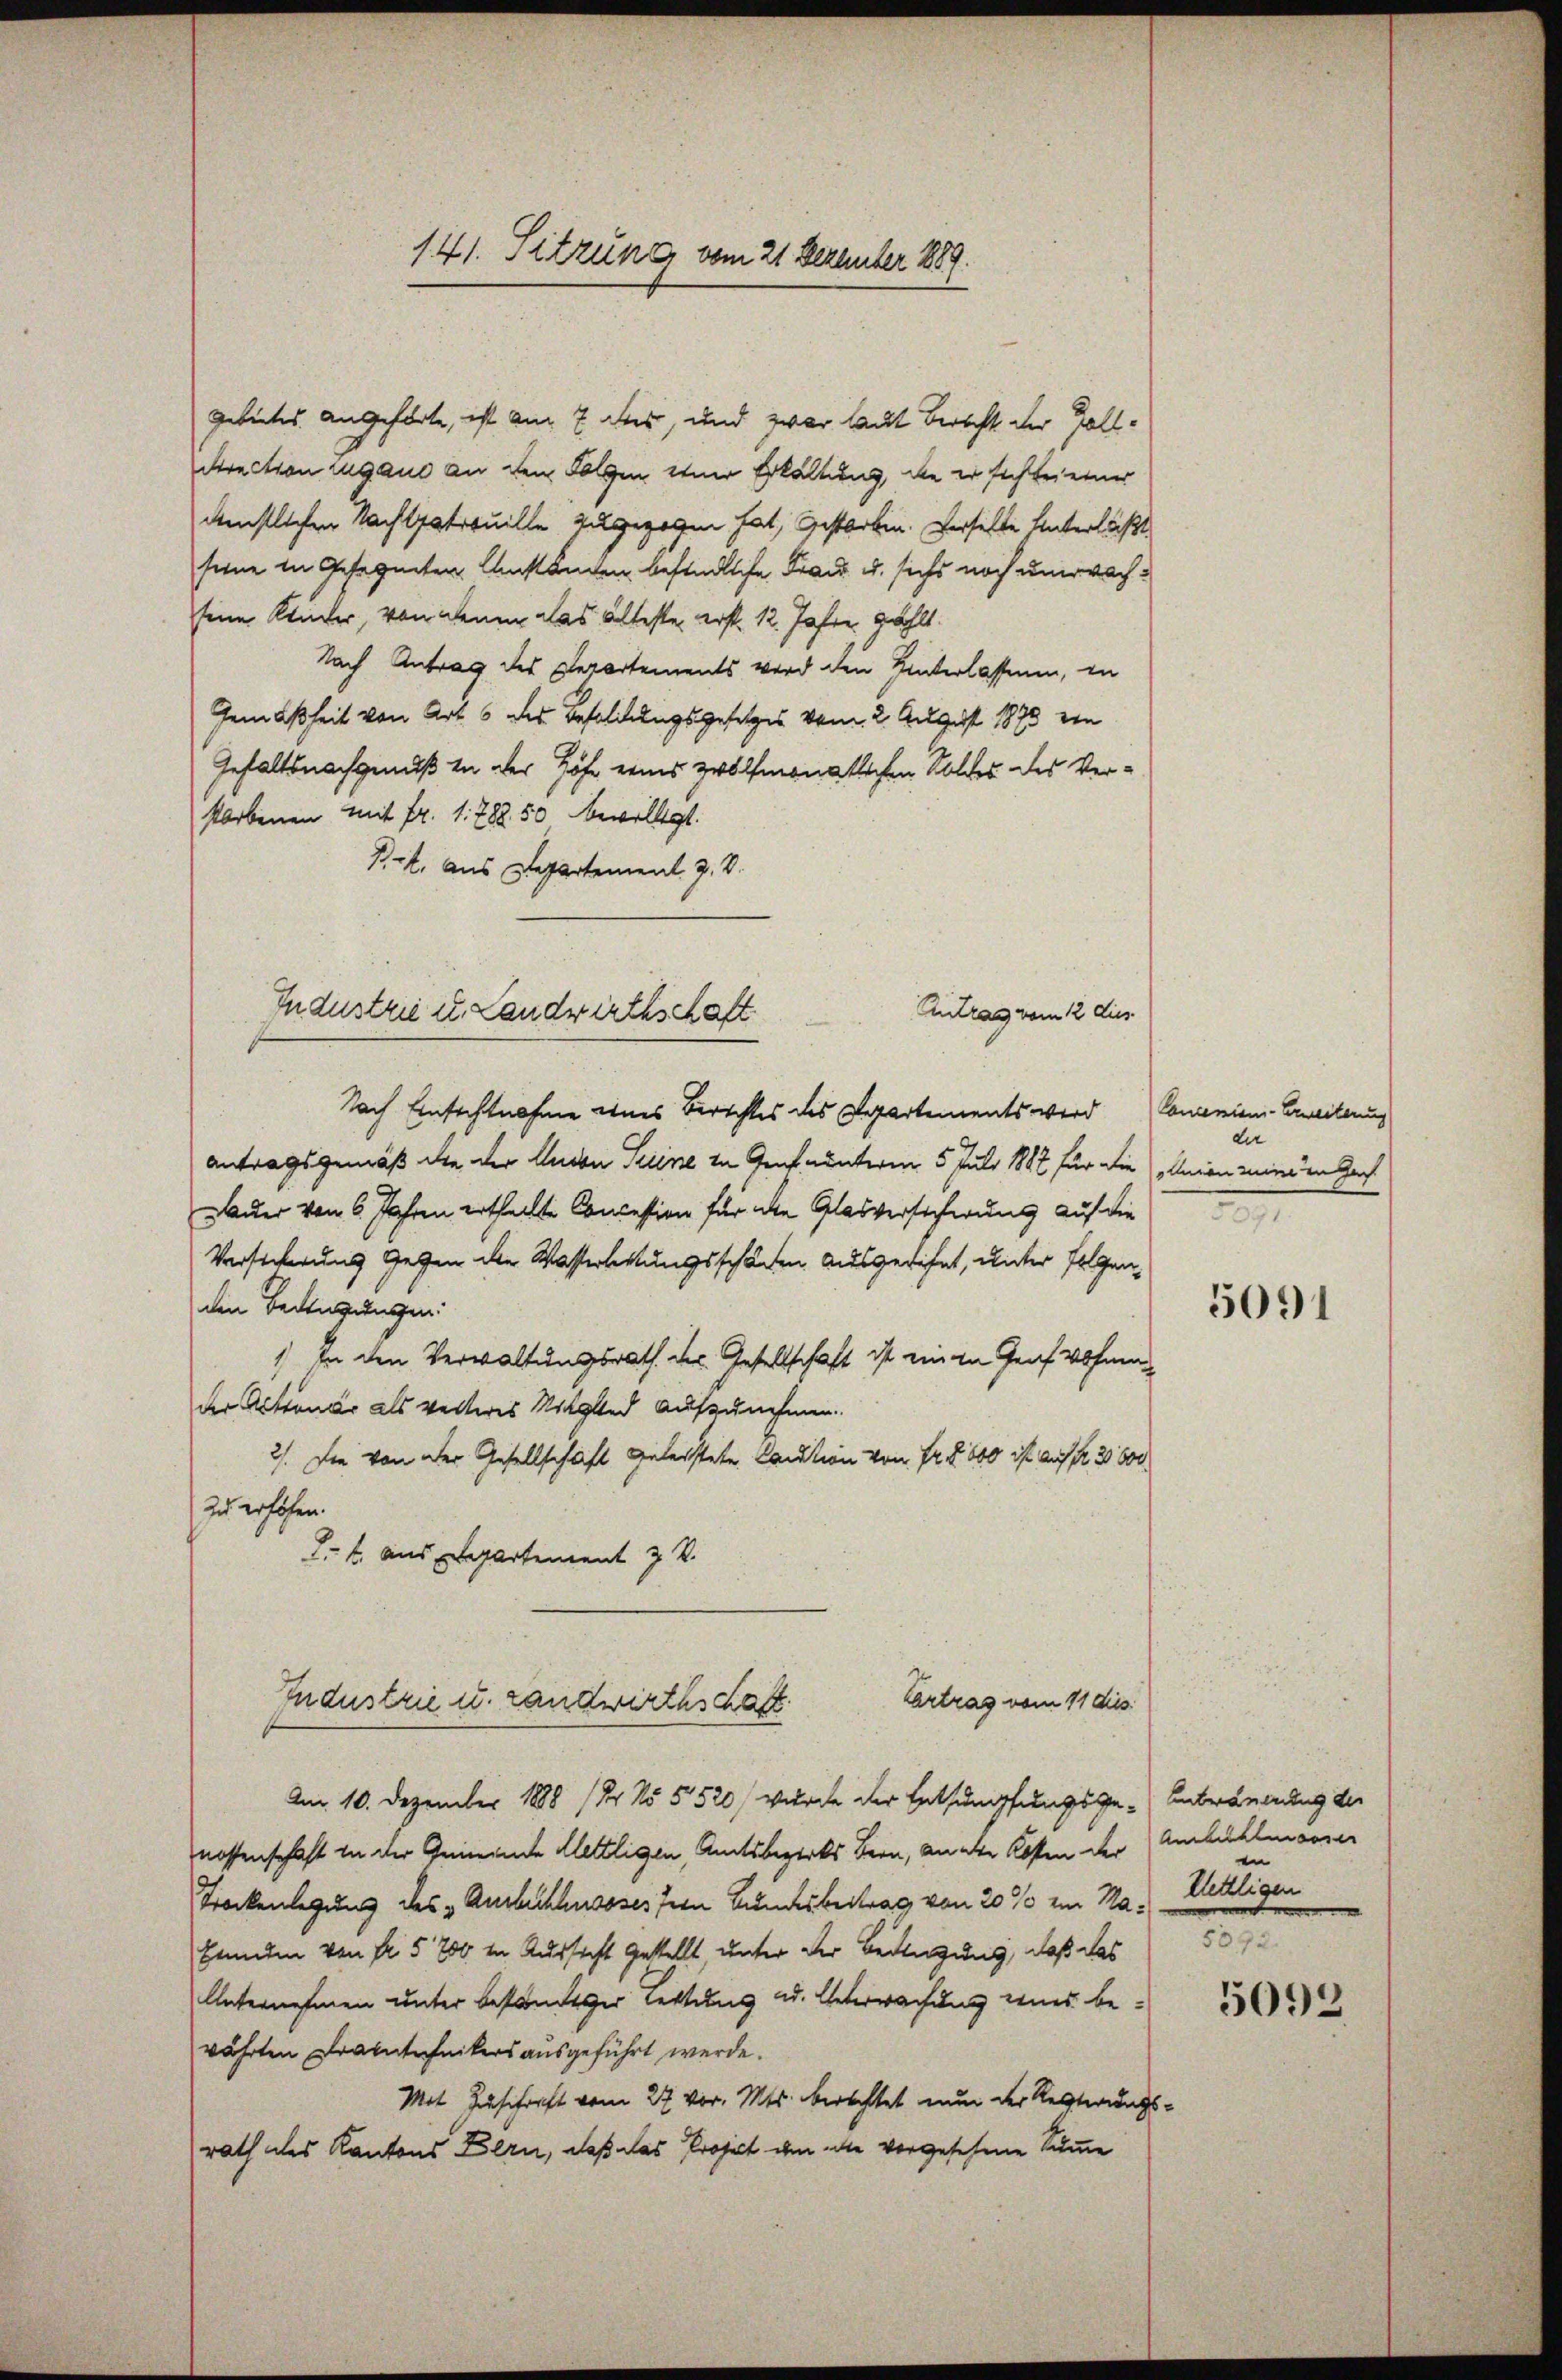
141. Sitzung vom 21. Dezember 1889.

gebietes angehörte, ist am 7 des, und zwar laut Berecht der Zoll¬
Srection Lugane an den Folgen ener Erhaltung, die er sich bei einer
ünstlichen Nachlatrouille zugezogen hat, gestorben. Verselbe Unterläßt
seine in Gesegneten Anständen befindliche Frau u. sichs noch unwachseine Sticker, von denen das älteste erst 12. Jahre zählt
Nach Antrag des Departements wird den Hinterlassenen, in
Gemäßheit von Art. 6 des Besoldungsgesetzes vom 2. August 1890 von
Gehaltsnachgenuß in der Höfe eines zwölfmonatlichen Soldes des Verstorbenen mit Fr. 1788. 50 bewilligt.
Pet, aus Departement J. V.
Nach Einsichtnahme eines Berichtes des Departements wird Convenien-Erweiterung
antragsgemäß die der Anden Seine in Genf unterm 5 Juli 1887 für die „union eine in Gach
Dauer vom 6. Jahren ertheilte Concession für die Glasversicherung auf die
Versicherung gegen die Wasserlettungsschäden ausgedehnt, unter folgenden Bedingungen:
) In den Verwaltungsrath der Gesellschaft ist einen Graf Wohnung
der Actionar als weiteres Mitglied aufzunehmen.
2). Die von der Gesellschaft geleistete Caution von Fr. 600 ist auf Fr. 2 000
zu erhöhen.
L.2 aus Departement z. B.
Vertrag vom 11 dies
Industrie u. Landwirthschaft
Am 10. Dezember 1888 (Er No 5520) wurde der Entsumpfungsge-Entwänerung der
nossenschaft in der Gemeinde Klettligen, Amtsbezirks Bern, an die Kosten der Anhallenderer
Stockenlegung des Ausbeschussses fern Bundesbeitrag von 20 % ein Na¬
Erndten von Fr. 5200 in Russicht gestellt, unter der Bedingung, daß das
Unternehmen unter beständiger Lettung u. Unterwachung eines bewährten Draintechnikers ausgeführt werde.
Mit Zuschrift vom 27. vor. Mts. berechtet nun der Resterungs-
rath des Kantons Bern, daß das Project dem die vorgesehene Summe

Antrag vom 12 dies
Industrie u. Landwirthschaft

der
2

5091

in
Milligen

5392.
5092